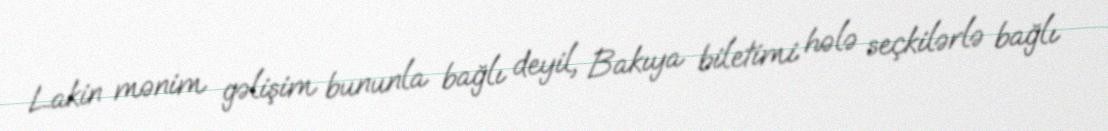
Lakin mənim gəlişim bununla bağlı deyil, Bakıya biletimi hələ seçkilərlə bağlı